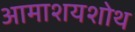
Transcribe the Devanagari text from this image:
आमाशयशोथ